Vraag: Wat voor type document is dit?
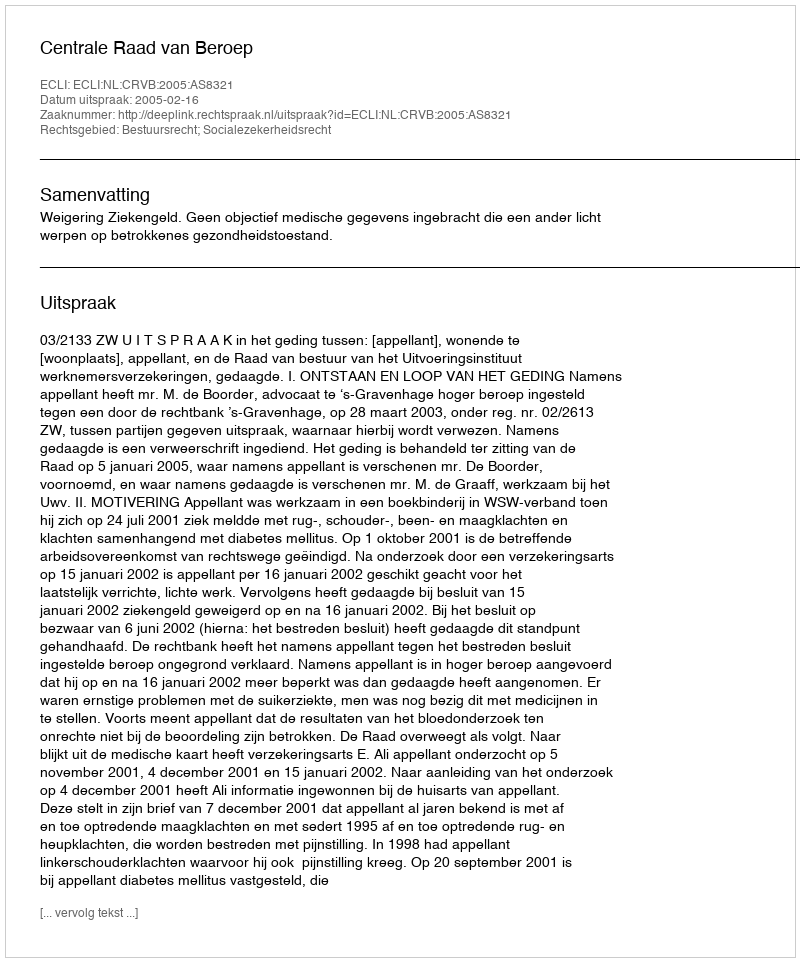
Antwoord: Uitspraak